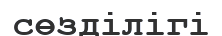
сөзділігі